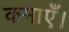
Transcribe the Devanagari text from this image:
कमाएँ।